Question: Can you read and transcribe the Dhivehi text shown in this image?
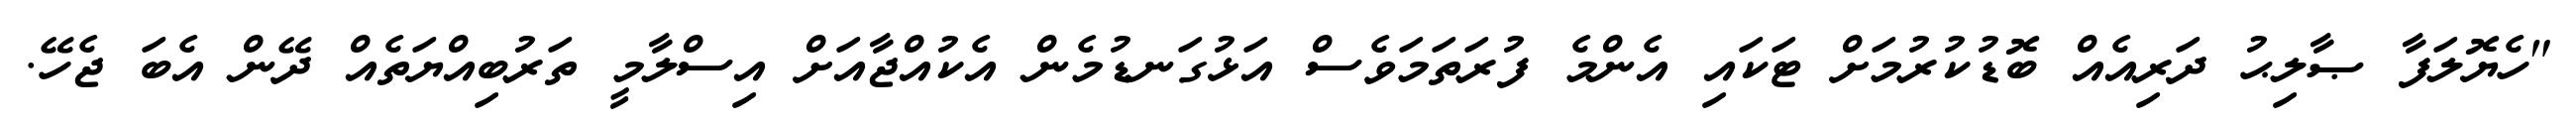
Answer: "ހެޔޮލަފާ ޞާލިޙު ދަރިއެއް ބޮޑުކުރުމަށް ޓަކައި އެންމެ ފުރަތަމަވެސް އަޅުގަނޑުމެން އެކުއްޖާއަށް އިސްލާމީ ތަރުބިއްޔަތެއް ދޭން އެބަ ޖެހޭ.